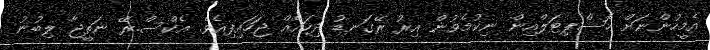
އެމީހުންނަށް ހޮސްޕިޓަލްއިން ނިކުމެވުން އިރު ރޭގަނޑު ދިހައެއް ޖަހައިފިއެވެ. އެކްސް.ރޭ ނަތީޖާ ލިބުނު